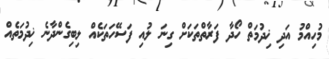
މުހިއްމު އަދި ޚިދުމަތް ހޯދާ ފަރާތްތަކަށް ގިނަ ލުއި ފަސޭހަތަކެއް ލިބިގެންދާނެ ޚިދުމަތެއް